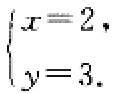
\(\begin{cases}
x = 2, \\
y = 3.
\end{cases}\)